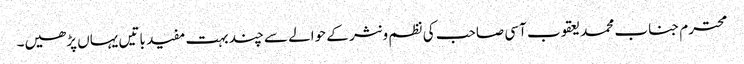
محترم جناب محمد یعقوب آسی صاحب کی نظم و نثر کے حوالے سے چند بہت مفید باتیں یہاں پڑھیں۔